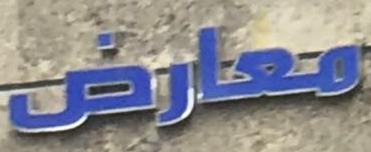
معارض